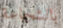
بالشجاعة